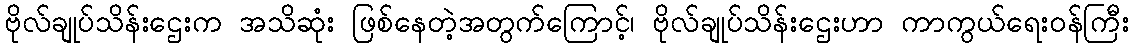
ဗိုလ်ချုပ်သိန်းဌေးက အသိဆုံး ဖြစ်နေတဲ့အတွက်ကြောင့်၊ ဗိုလ်ချုပ်သိန်းဌေးဟာ ကာကွယ်ရေးဝန်ကြီး